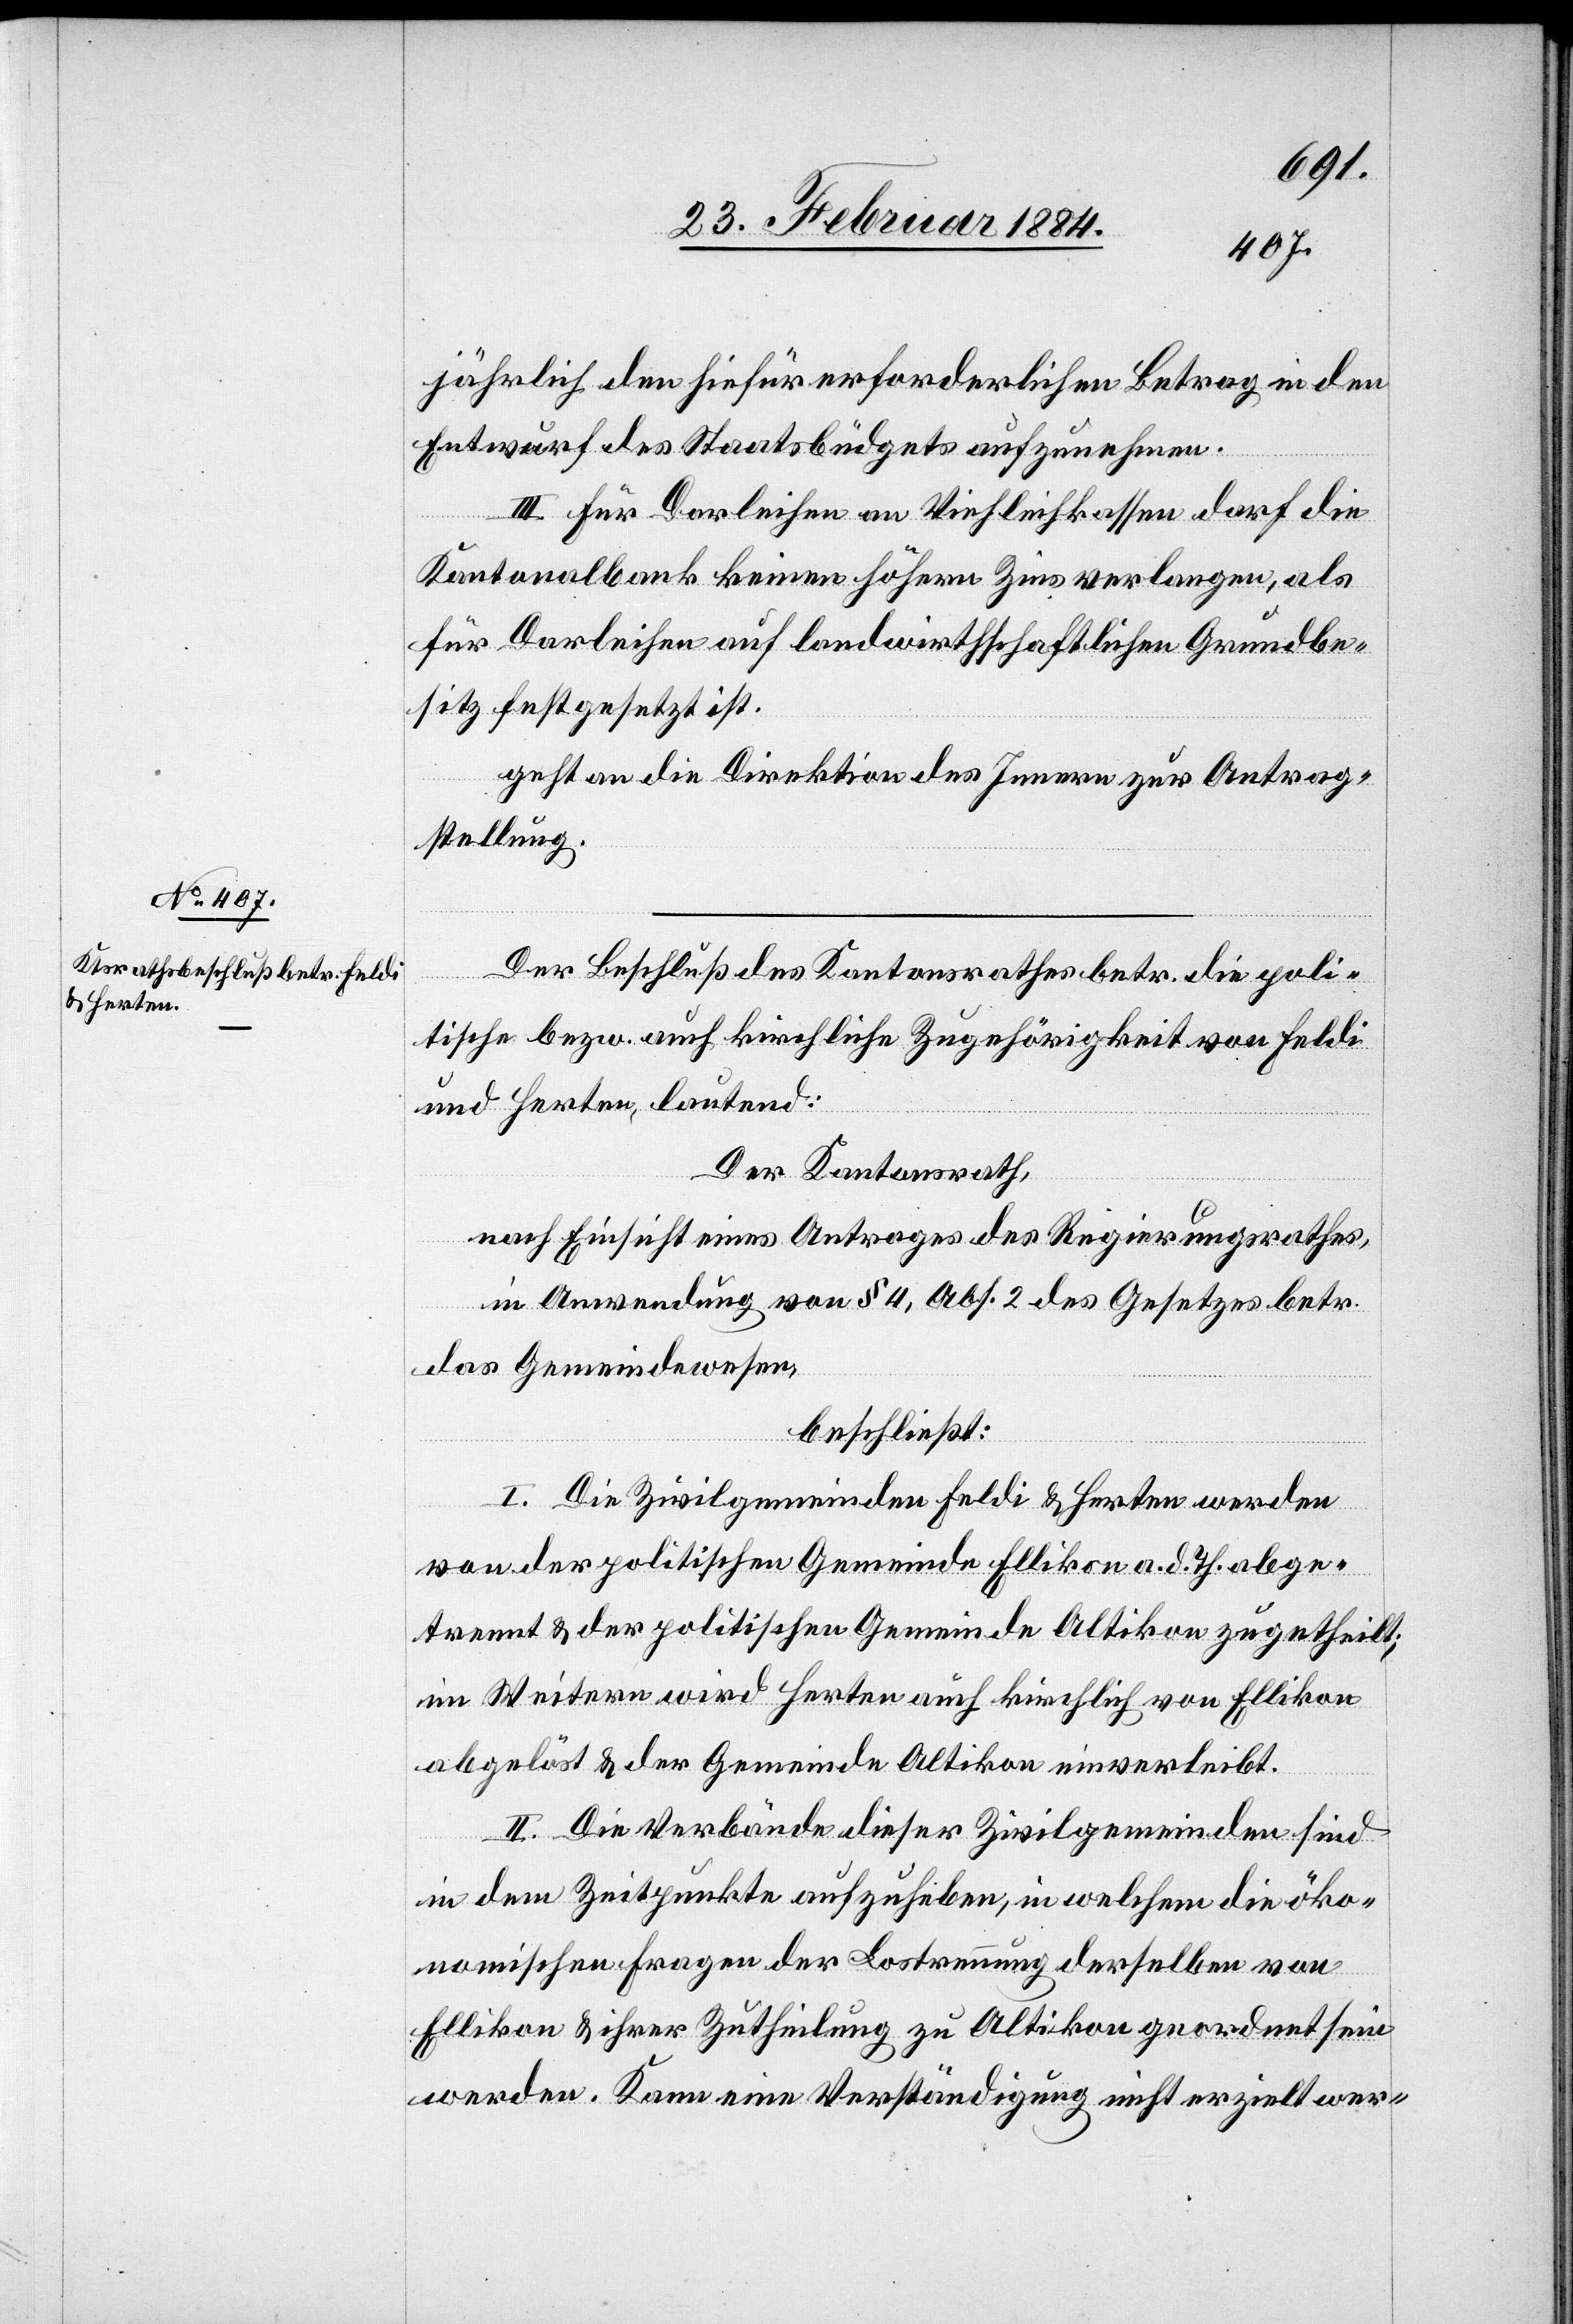
jährlich den hiefür erforderlichen Betrag in den
Entwurf des Staatsbüdgets aufzunehmen.
III. Für Darleihen an Viehleikassen darf die
Kantonalbank keinen höheren Zins verlangen, als
für Darleihen auf landwirthschaftlichen Grundbe¬
sitz festgesetzt ist.
geht an die Direktion des Innern zur Antrag¬
stellung.
Der Beschluß des Kantonsrathes betr. die poli¬
tische bzw. auch kirchliche Zugehörigkeit von Feldi
und Herten, lautend:
Der Kantonsrath,
nach Einsicht eines Antrages des Regierungsrathes,
in Anwendung von § 4, Abs. 2 des Gesetztes betr.
das Gemeindewesen,
beschließt:
I. Die Zivilgemeinden Feldi & Herten werden
von der politischen Gemeine Ellikon a. d. Th. abge¬
trennt & der politischen Gemeinde Altikon zugetheilt;
im Weitern wird Herten auch kirchlich von Ellikon
abgelöst & der Gemeinde Altikon einverleibt.
II. Die Verbände dieser Zivilgemeinden sind
in dem Zeitpunkte aufzuheben, in welchen die öko¬
nomischen Fragen der Lostrennung derselben von
Ellikon & ihrer Zutheilung zu Altikon geordnet sein
werden. Kann eine Verständigung nicht erzielt wer-